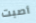
أصبت